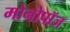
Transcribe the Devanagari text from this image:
मोनोपॉज